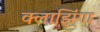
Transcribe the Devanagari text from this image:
क्लाझिंगा